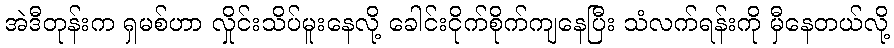
အဲဒီတုန်းက ရှမစ်ဟာ လှိုင်းသိပ်မူးနေလို့ ခေါင်းငိုက်စိုက်ကျနေပြီး သံလက်ရန်းကို မှီနေတယ်လို့